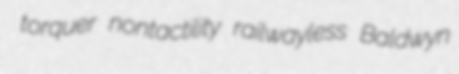
torquer nontactility railwayless Baldwyn